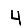
Digit: 4